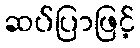
ဆပ်ပြာဖြင့်